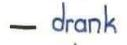
- drank